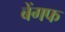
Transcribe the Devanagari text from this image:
बेंगफ